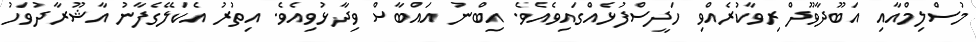
މުސްލިމްއާއި އަބޫދާވޫދް ރިވާކުރެއްވި ހަދީސްފުޅެއްގައިވެއެވެ. އިބްނު އައްބާސް ވިދާޅުވިއެވެ. އިތުރު އެކަލޭގެފާނު އާޝޫރާދުވަހު